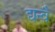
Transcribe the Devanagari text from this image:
द्यन्वै